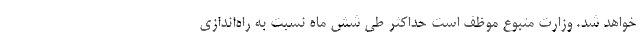
خواهد شد. وزارت متبوع موظف است حداکثر طی شش ماه نسبت به راه‌اندازی